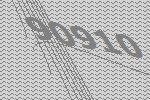
90910